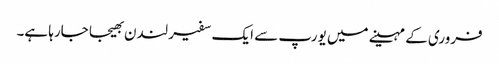
فروری کے مہینے میں یورپ سے ایک سفیر لندن بھیجا جارہا ہے۔